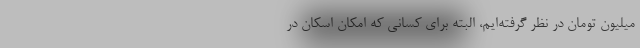
میلیون تومان در نظر گرفته‌ایم، البته برای کسانی که امکان اسکان در